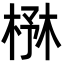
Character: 㮊